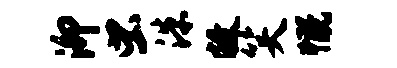
泖虫洙敝笑慨